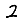
Digit: 2